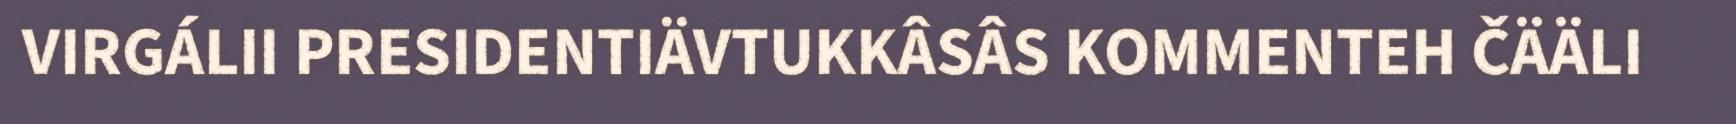
VIRGÁLII PRESIDENTIÄVTUKKÂSÂS KOMMENTEH ČÄÄLI